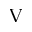
^ \mathrm { V }